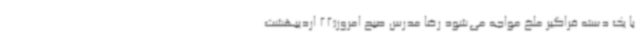
با یک دسته فراگیر ملخ مواجه می‌شود رضا مدرس صبح امروز(22 اردیبهشت